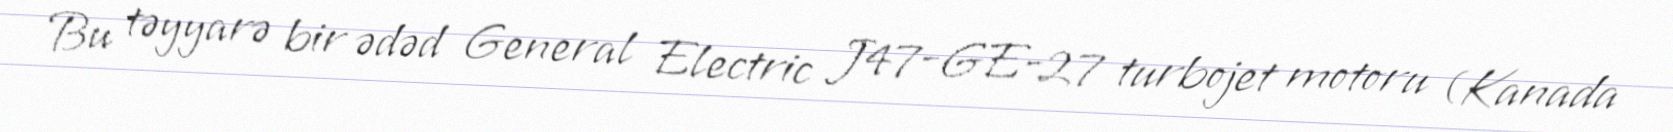
Bu təyyarə bir ədəd General Electric J47-GE-27 turbojet motoru (Kanada